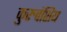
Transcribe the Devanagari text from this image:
कुरुवंशिय